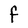
Character: F